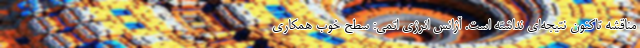
مناقشه تاکنون نتیجه‌ای نداشته است. آژانس انرژی اتمی: سطح خوب همکاری